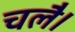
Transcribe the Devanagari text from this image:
चलै।